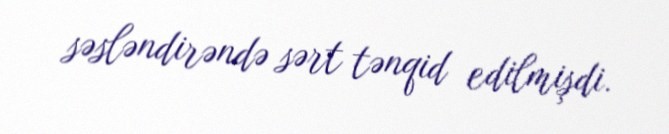
səsləndirəndə sərt tənqid edilmişdi.